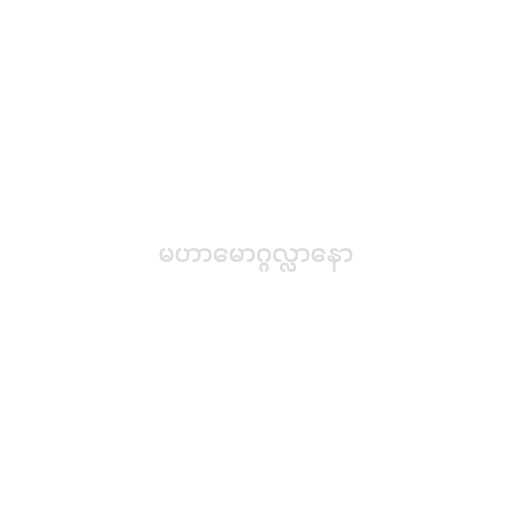
မဟာမောဂ္ဂလ္လာနော